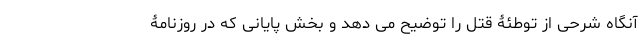
آنگاه شرحی از توطئۀ قتل را توضیح می دهد و بخش پایانی که در روزنامۀ